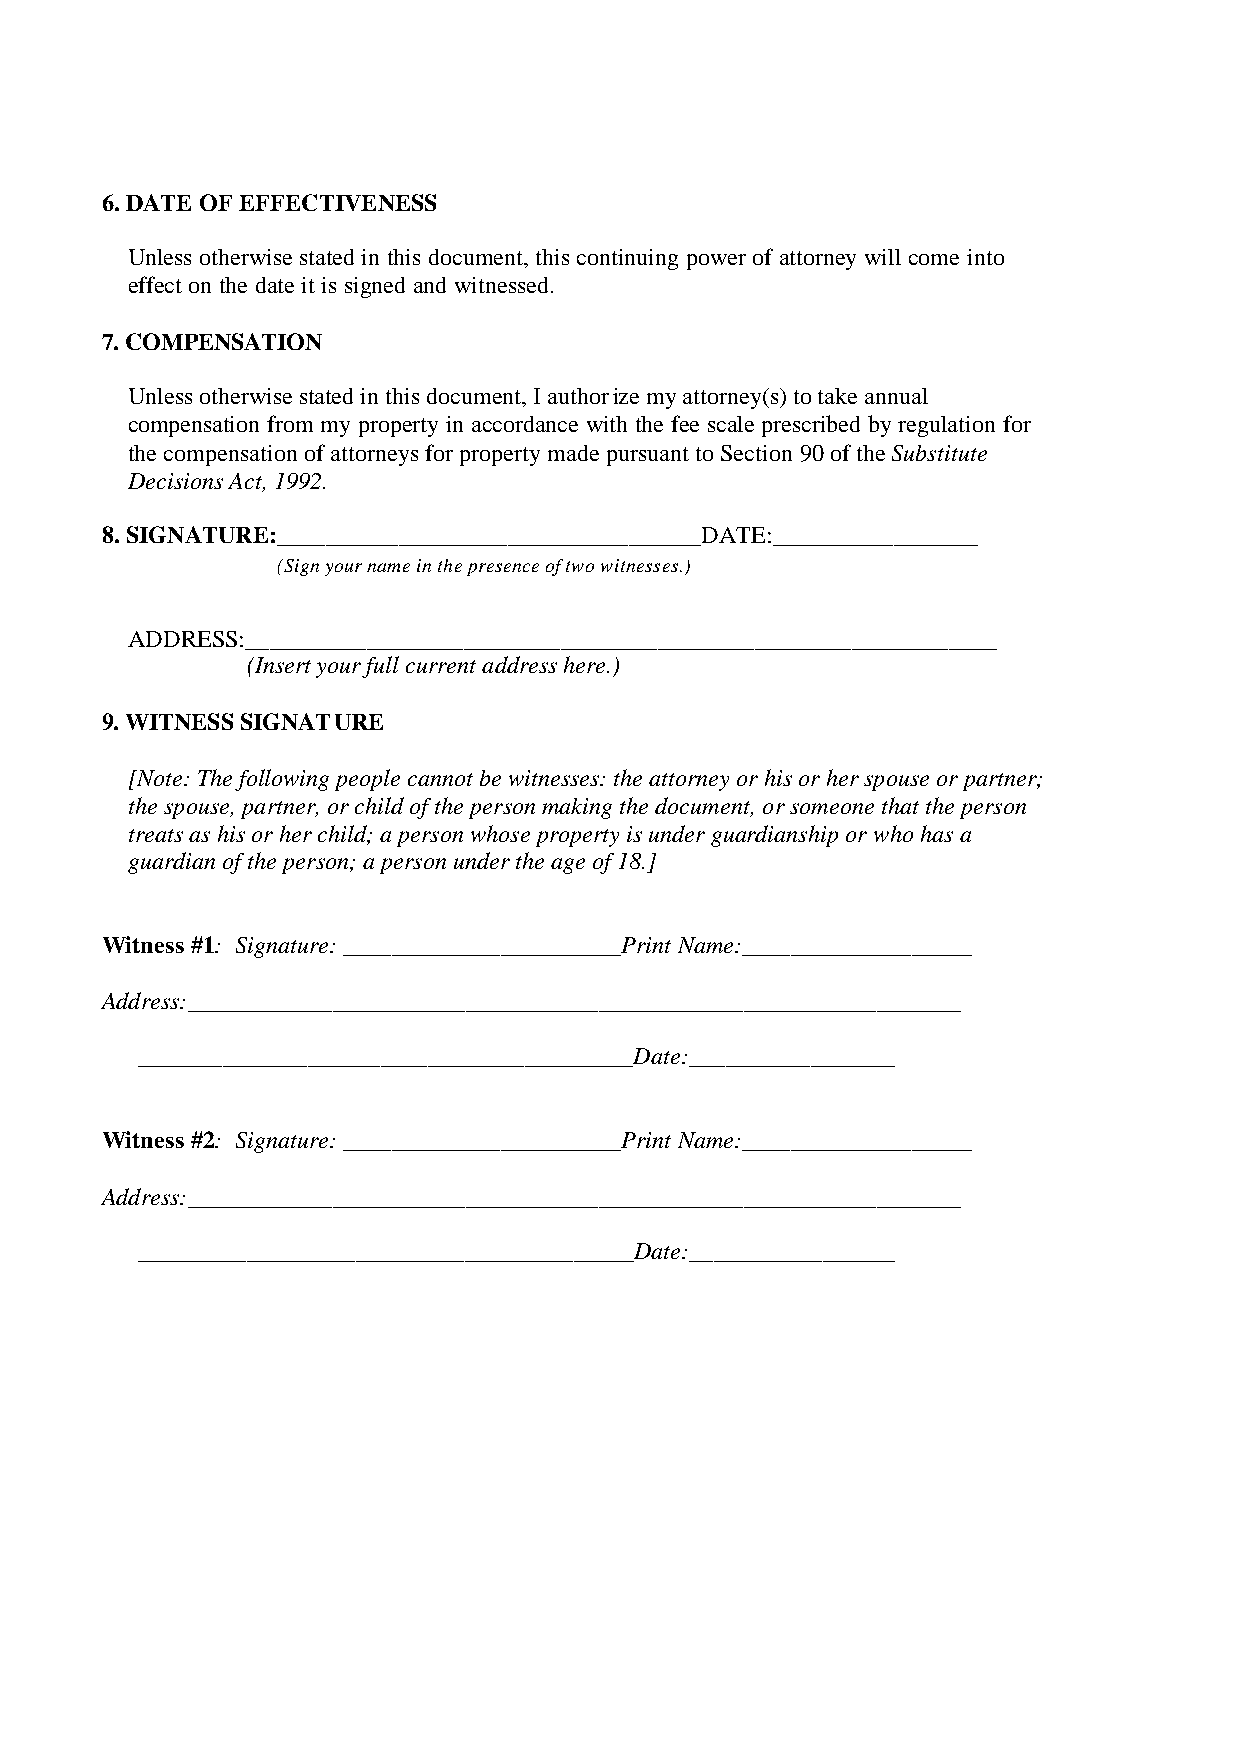
6. DATE OF EFFECTIVENESS
 Unless otherwise stated in this document, this continuing power of attorney will come into
 effect on the date it is signed and witnessed.
 7. COMPENSATION
 Unless otherwise stated in this document, I author ize my attorney(s) to take annual
 compensation from my property in accordance with the fee scale prescribed by regulation for
 the compensation of attorneys for property made pursuant to Section 90 of the Substitute
 Decisions Act, 1992.
 8. SIGNATURE:___________________________________DATE:_________________
 (Sign your name in the presence of two witnesses.)
 ADDRESS:______________________________________________________________
 (Insert your full current address here.)
 9. WITNESS SIGNAT URE
 [Note: The following people cannot be witnesses: the attorney or his or her spouse or partner;
 the spouse, partner, or child of the person making the document, or someone that the person
 treats as his or her child; a person whose property is under guardianship or who has a
 guardian of the person; a person under the age of 18.]
 Witness #1: Signature: _______________________Print Name:___________________
 Address:________________________________________________________________
 _________________________________________Date:_________________
 Witness #2: Signature: _______________________Print Name:___________________
 Address:________________________________________________________________
 _________________________________________Date:_________________